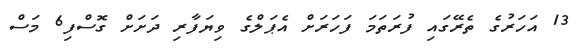
13 އަހަރުގެ ތެރޭގައި ފުރަތަމަ ފަހަރަށް އެޕަލްގެ ވިޔަފާރި ދަށަށް ގޮސްފި6 މަސް